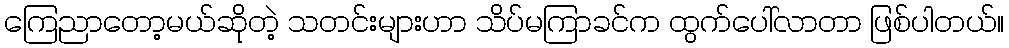
ကြေညာတော့မယ်ဆိုတဲ့ သတင်းများဟာ သိပ်မကြာခင်က ထွက်ပေါ်လာတာ ဖြစ်ပါတယ်။